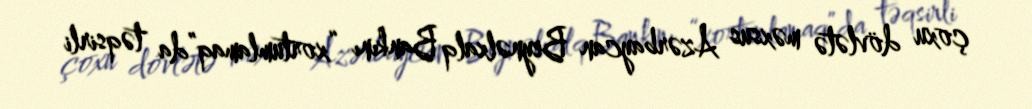
çoxu dövlətə məxsus Azərbaycan Beynəlxalq Bankını “xortumlamaq”da təqsirli